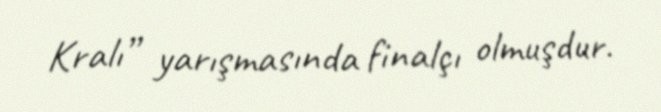
Kralı” yarışmasında finalçı olmuşdur.